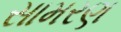
સામરણ